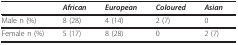
<table><thead><tr><td>[EMPTY_CELL]</td><td><b><i>African</i></b></td><td><b><i>European</i></b></td><td><b><i>Coloured</i></b></td><td><b><i>Asian</i></b></td></tr></thead><tbody><tr><td>Male n (%)</td><td>8 (28)</td><td>4 (14)</td><td>2 (7)</td><td>0</td></tr><tr><td>Female n (%)</td><td>5 (17)</td><td>8 (28)</td><td>0</td><td>2 (7)</td></tr></tbody></table>